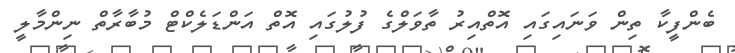
ބެންފީކާ ތިން ވަނައިގައި އޮތްއިރު ތާވަލްގެ ފުލުގައި އޮތް އަންޑަލެކްޓް މުބާރާތް ނިންމާލީ